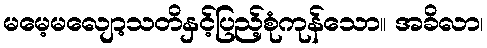
မမေ့မလျော့သတိနှင့်ပြည့်စုံကုန်သော။ အခိလာ၊